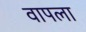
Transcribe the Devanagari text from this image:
वापला